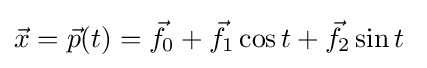
{\vec {x}}={\vec {p}}(t)={\vec {f}}_{0}+{\vec {f}}_{1}\cos t+{\vec {f}}_{2}\sin t\